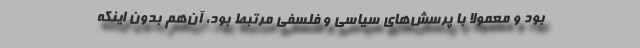
بود و معمولاً با پرسش‌های سیاسی و فلسفی مرتبط بود، آن‌هم بدون اینکه